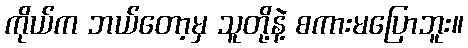
ကိုယ်က ဘယ်တော့မှ သူတို့နဲ့ စကားမပြောဘူး။